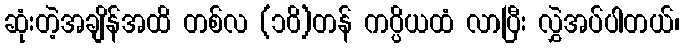
ဆုံးတဲ့အချိန်အထိ တစ်လ (၁၀ိ)တန် ကပ္ပိယထံ လာပြီး လွှဲအပ်ပါတယ်၊